Report on lock hospitals in British Burma
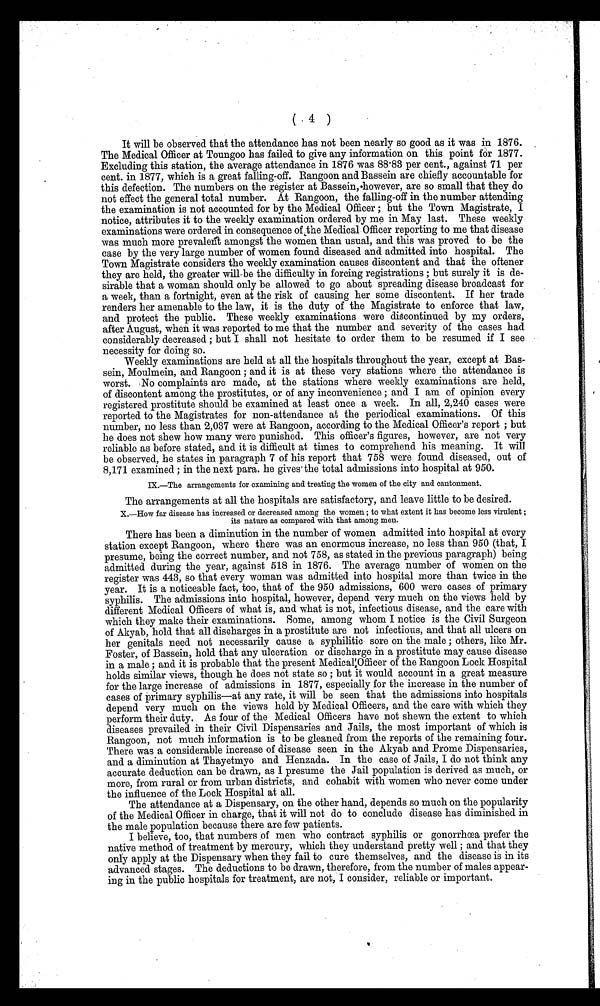
( 4 ) It will be observed that the attendance has not been nearly so good as it was in 1876.
The Medical Officer at Toungoo has failed to give any information on this point for 1877.
Excluding this station, the average attendance in 1876 was 88 . 83 per cent., against 71 per
cent. in 1877, which is a great falling-off. Rangoon and Bassein are chiefly accountable for
this defection. The numbers on the register at Bassein, however, are so small that they do
not effect the general total number. At Rangoon, the falling-off in the number attending
the examination is not accounted for by the Medical Officer ; but the Town Magistrate, I
notice, attributes it to the weekly examination ordered by me in May last. These weekly
examinations were ordered in consequence of the Medical Officer reporting to me that disease
was much more prevalent amongst the women than usual, and this was proved to be the
case by the very large number of women found diseased and admitted into hospital. The
Town Magistrate considers the weekly examination causes discontent and that the oftener
they are held, the greater will be the difficulty in forcing registrations ; but surely it is de--
sirable that a woman should only be allowed to go about spreading disease broadcast for
a week, than a fortnight, even at the risk of causing her some discontent. If her trade
renders her amenable to the law, it is the duty of the Magistrate to enforce that law,
and protect the public. These weekly examinations were discontinued by my orders,
after August, when it was reported to me that the number and severity of the cases had
considerably decreased ; but I shall not hesitate to order them to be resumed if I see
necessity for doing so.
Weekly examinations are held at all the hospitals throughout the year, except at Bas-
sein, Moulmein, and Rangoon ; and it is at these very stations where the attendance is
worst. No complaints are made, at the stations where weekly examinations are held,
of discontent among the prostitutes, or of any inconvenience ; and I am of opinion every
registered prostitute should be examined at least once a week. In all, 2,240 cases were
reported to the Magistrates for non-attendance at the periodical examinations. Of this
number, no less than 2,037 were at Rangoon, according to the Medical Officer's report ; but
he does not shew how many were punished. This officer's figures, however, are not very
reliable as before stated, and it is difficult at times to comprehend his meaning. It will
be observed, he states in paragraph 7 of his report that 758 were found diseased, out of
8,171 examined ; in the next para. he gives the total admissions into hospital at 950.
IX.—The arrangements for examining and treating the women of the city and cantonment.
The arrangements at all the hospitals are satisfactory, and leave little to be desired.
X.—How far disease has increased or decreased among the women ; to what extent it has become less virulent ;
its nature as compared with that among men.
There has been a diminution in the number of women admitted into hospital at every
station except Rangoon, where there was an enormous increase, no less than 950 (that, I
presume, being the correct number, and not 758, as stated in the previous paragraph) being
admitted during the year, against 518 in 1876. The average number of women on the
register was 443, so that every woman was admitted into hospital more than twice in the
year. It is a noticeable fact, too, that of the 950 admissions, 600 were cases of primary
syphilis. The admissions into hospital, however, depend very much on the views held by
different Medical Officers of what is, and what is not, infectious disease, and the care with
which they make their examinations. Some, among whom I notice is the Civil Surgeon
of Akyab, hold that all discharges in a prostitute are not infectious, and that all ulcers on
her genitals need not necessarily cause a syphilitic sore on the male ; others, like Mr.
Foster, of Bassein, hold that any ulceration or discharge in a prostitute may cause disease
in a male ; and it is probable that the present Medical Officer of the Rangoon Lock Hospital
holds similar views, though he does not state so ; but it would account in a great measure
for the large increase of admissions in 1877, especially for the increase in the number of
cases of primary syphilis—at any rate, it will be seen that the admissions into hospitals
depend very much on the views held by Medical Officers, and the care with which they
perform their duty. As four of the Medical Officers have not shewn the extent to which
diseases prevailed in their Civil Dispensaries and Jails, the most important of which is
Rangoon, not much information is to be gleaned from the reports of the remaining four.
There was a considerable increase of disease seen in the Akyab and Prome Dispensaries,
and a diminution at Thayetmyo and Henzada. In the case of Jails, I do not think any
accurate deduction can be drawn, as I presume the Jail population is derived as much, or
more, from rural or from urban districts, and cohabit with women who never come under
the influence of the Lock Hospital at all.
The attendance at a Dispensary, on the other hand, depends so much on the popularity
of the Medical Officer in charge, that it will not do to conclude disease has diminished in
the male population because there are few patients.
I believe, too, that numbers of men who contract syphilis or gonorrhœa prefer the
native method of treatment by mercury, which they understand pretty well ; and that they
only apply at the Dispensary when they fail to cure themselves, and the disease is in its
advanced stages. The deductions to be drawn, therefore, from the number of males appear-
ing in the public hospitals for treatment, are not, I consider, reliable or important.